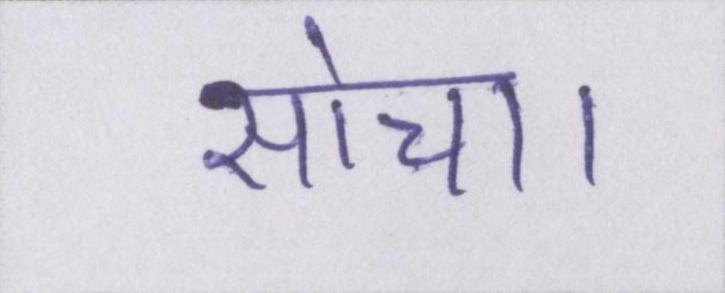
सोचा।